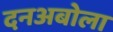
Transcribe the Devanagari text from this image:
दनअबोला